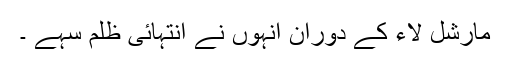
مارشل لاء کے دوران انہوں نے انتہائی ظلم سہے ۔